Leprosy in India: report of the Leprosy Commission in India, 1890-91
Year: 1890
Disease focus: Leprosy
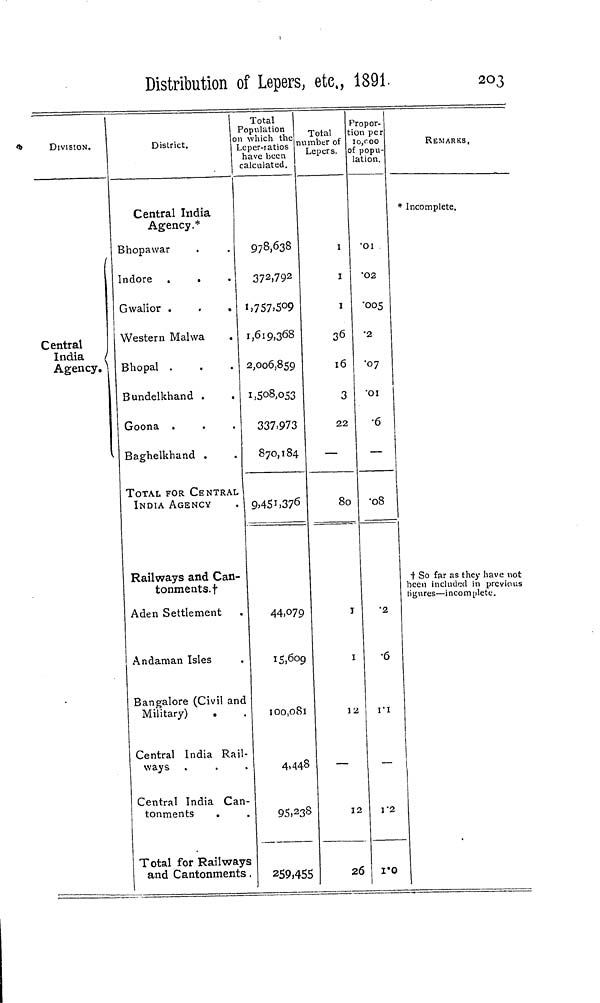
Distribution of Lepers, etc., 1891.
203
DIVISION.
Central
India
Agency.
District.
Central India
Agency.*
Bhopawar
Indore .
.
Gwalior .
.
.
Western Malwa
.
Bhopal .
Bundelkhand .
.
Goona .
Baghelkhand .
TOTAL FOR CENTRAL
INDIA AGENCY
Railways and Can-
tonments. †
Aden Settlement
Andaman Isles
Bangalore (Civil and
Military)
.
Central India Rail-
ways ,
Central India Can-
tonments
.
Total for Railways
and Cantonments
Total
Population
on which the
Leper-ratios
have been
calculated.
978,638
372,792
1,757,509
1,619,368
2,006,859
1,508,053
337.973
870,184
9,451,376
44,079
15,609
100,081
4.448
95,238
259,455
Total
number of
Lepers.
1
1
1
36
16
3
22
—
80
1
1
12
12
26
Propor-
tion per
10,000
of popu-
lation.
.01
.02
.005
.2
.07
.01
.6
—
.08
.2
.6
1.1
1.2
1.0
REMARKS,
* Incomplete,
+ So far as they have not
been included in previous
figures—incomplete.
|